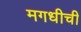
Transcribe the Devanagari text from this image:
मगधीची